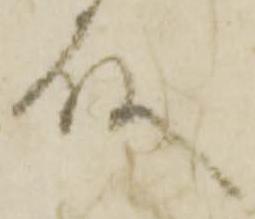
殿